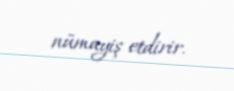
nümayiş etdirir.